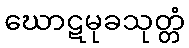
ဃောဋမုခသုတ္တံ